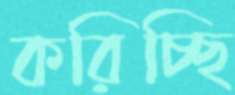
করিচ্ছি